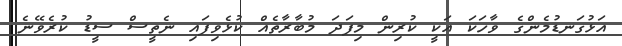
އަޅުގަނޑުމެންގެ ވާހަކަ އަކީ ކުރިން މިފަދަ މުބާރާތެއް ކުޅެވިފައި ނެތީސް ސީޑު ކުރެވޭނެ